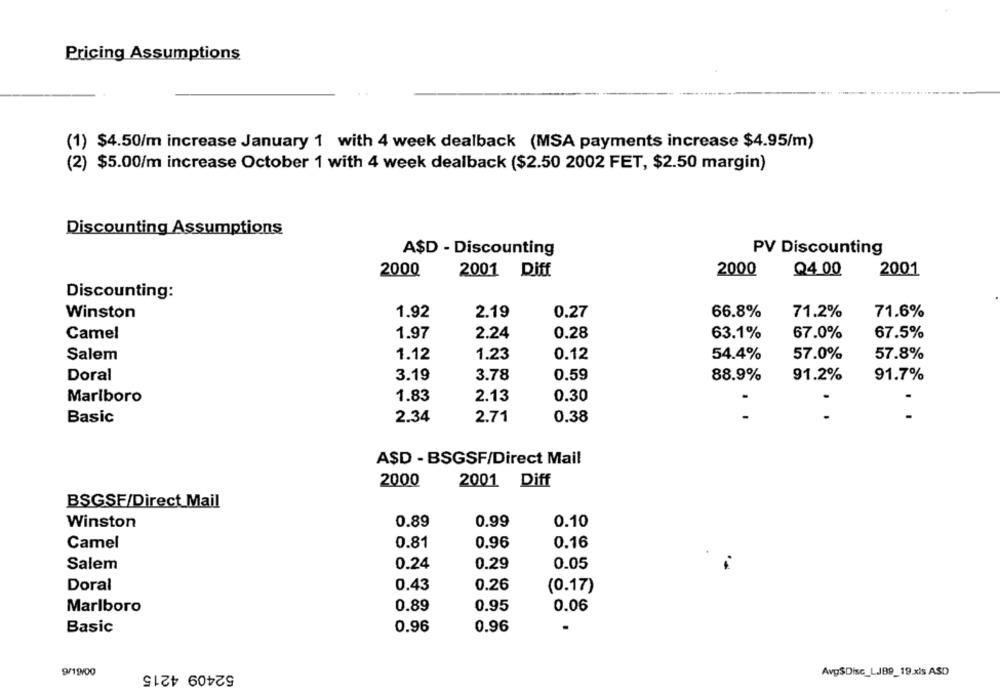
Pricing Assumptions
(1) $4.50/m increase January 1 with 4 week dealback (MSA payments increase $4.95/m)
(2) $5.00/m increase October 1 with 4 week dealback ($2.50 2002 FET, $2.50 margin)
Discounting Assumptions
A$D - Discounting
PV Discounting
2000
2001 Diff
2000
Q4 00
2001
Discounting:
Winston
1.92
2.19
0.27
66.8%
71.2%
71.6%
Camel
1.97
2.24
0.28
63.1%
67.0%
67.5%
Salem
1.12
1.23
0.12
54.4%
57.0%
57.8%
Doral
3.19
3.78
0.59
88.9%
91.2%
91.7%
Marlboro
1.83
2.13
0.30
Basic
2.34
2.71
0.38
..
..
ASD - BSGSF/Direct Mail
2000
2001 Diff
BSGSF/Direct Mail
Winston
0.89
0.99
0.10
Camel
0.81
0.96
0.16
Salem
0.24
0.29
0.05
Doral
0.43
0.26
(0.17)
Marlboro
0.89
0.95
0.06
Basic
0.96
0.96
9/19/00
52409 4215
Avg$Disc_LJB9_19 xis ASD